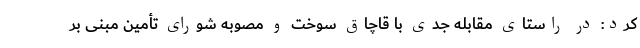
کرد: در راستای مقابله جدی با قاچاق سوخت و مصوبه شورای تأمین مبنی بر